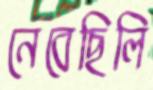
নেবেছিলি